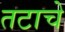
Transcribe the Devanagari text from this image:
तटाचे